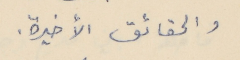
والحقائق الأخيرة.